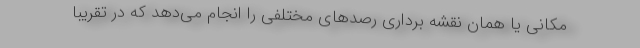
مکانی یا همان نقشه برداری رصد‌های مختلفی را انجام می‌دهد که در تقریبا